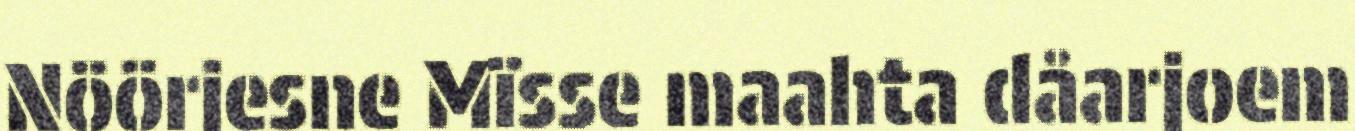
Nöörjesne Mïsse maahta dåarjoem